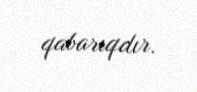
qabarıqdır.